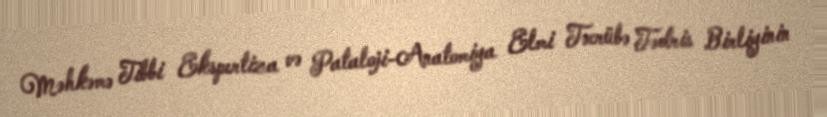
Məhkəmə Tibbi Ekspertiza və Pataloji-Anatomiya Elmi Təcrübə Tədris Birliyinin